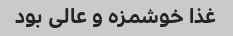
غذا خوشمزه و عالی بود